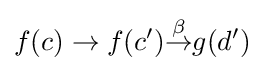
f(c)\to f(c'){\overset {\beta }{\to }}g(d')